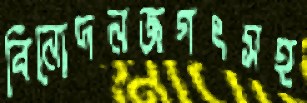
বিনোদনজগৎসহ